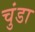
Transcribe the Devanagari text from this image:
चुंडा